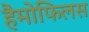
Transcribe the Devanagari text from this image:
हैमोफिलस